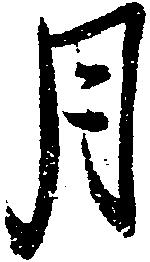
月